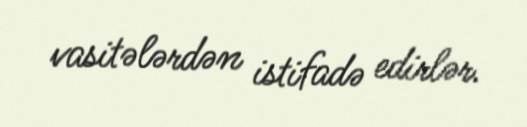
vasitələrdən istifadə edirlər.